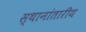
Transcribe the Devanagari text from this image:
स्थानांतारीय